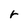
Character: r